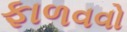
ફાળવવો